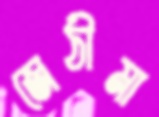
জেঠীমা